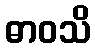
ဓာဝသိ